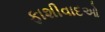
ફાશીવાદઓ